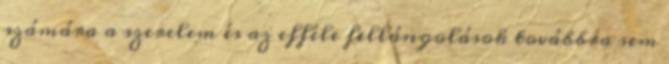
számára a szerelem és az efféle fellángolások továbbra sem